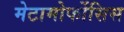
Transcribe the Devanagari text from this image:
मेटामोर्फोसिस